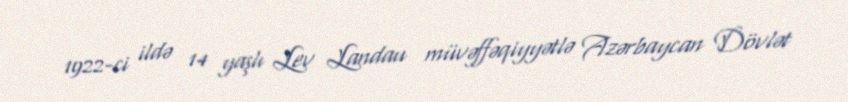
1922-ci ildə 14 yaşlı Lev Landau müvəffəqiyyətlə Azərbaycan Dövlət